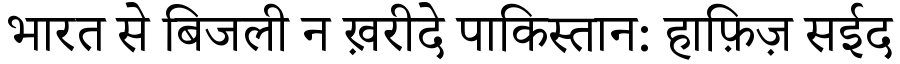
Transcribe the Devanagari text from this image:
भारत से बिजली न ख़रीदे पाकिस्तान: हाफ़िज़ सईद